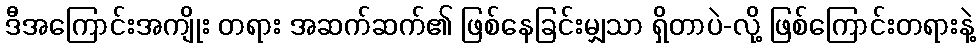
ဒီအကြောင်းအကျိုး တရား အဆက်ဆက်၏ ဖြစ်နေခြင်းမျှသာ ရှိတာပဲ-လို့ ဖြစ်ကြောင်းတရားနဲ့